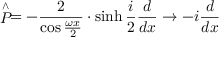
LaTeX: \stackrel { \wedge } { P } = - \frac { 2 } { \cos \frac { \omega x } { 2 } } \cdot \sinh \frac { i } { 2 } \frac { d } { d x } \rightarrow - i \frac { d } { d x }